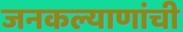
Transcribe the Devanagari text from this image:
जनकल्याणांची